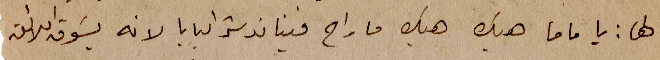
لها: يا ماما هيك هيك ما راح فينا ندشر البابا لانه يسوق اللائق